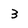
Character: 3